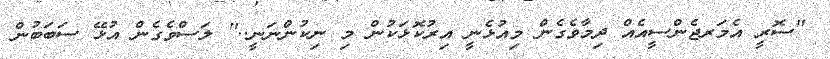
''ސޮރީ އެމަރޖެންސީއެއް ދިމާވެގެން މިއުޅެނީ އިރުކޮޅަކުން މި ނިކުންނަނީ..'' ލަސްވެގެން އުޅޭ ސަބަބުން